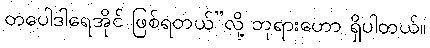
တပေါဒါရေအိုင် ဖြစ်ရတယ်”လို့ ဘုရားဟော ရှိပါတယ်။